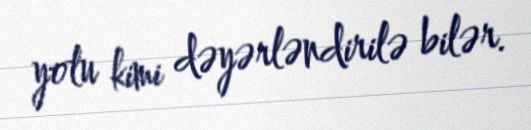
yolu kimi dəyərləndirilə bilər.